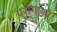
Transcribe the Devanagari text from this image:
परागाकों